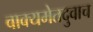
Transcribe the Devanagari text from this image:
वाक्यमेतदुवाच